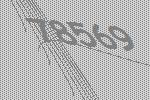
78569